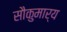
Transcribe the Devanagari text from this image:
सौकुमार्य